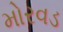
મોરવડ